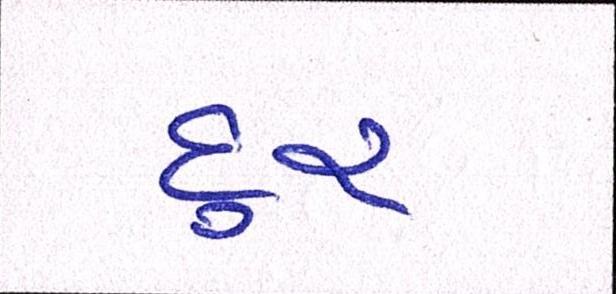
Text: દુર